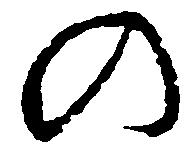
の